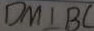
D M \bot B C